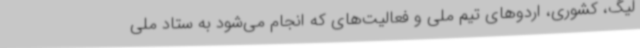
لیگ، کشوری، اردوهای تیم ملی و فعالیت‌های که انجام می‌شود به ستاد ملی